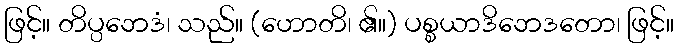
ဖြင့်။ တိပ္ပဘေဒံ၊ သည်။ (ဟောတိ၊ ၏။) ပစ္စယာဒိဘေဒတော၊ ဖြင့်။